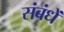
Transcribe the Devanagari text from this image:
संबंधें